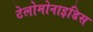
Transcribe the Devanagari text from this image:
टेलोमोनाइडिस